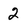
Character: 2